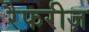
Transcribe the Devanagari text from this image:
रैफरीज़